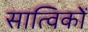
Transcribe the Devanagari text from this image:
सात्विकों